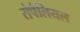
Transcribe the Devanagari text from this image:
रोपैलियल